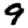
Digit: 9